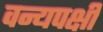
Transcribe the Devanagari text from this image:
वन्यपक्षी